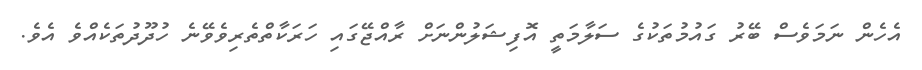
އެހެން ނަމަވެސް ބޭރު ގައުމުތަކުގެ ސަލާމަތީ އޮފިޝަލުންނަށް ރާއްޖޭގައި ހަރަކާތްތެރިވެވޭނެ ހުދޫދުތަކެއްވެ އެވެ.